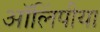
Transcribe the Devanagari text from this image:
ऑलिंपीया